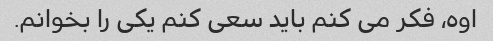
اوه، فکر می کنم باید سعی کنم یکی را بخوانم.